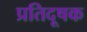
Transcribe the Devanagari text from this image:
प्रतिदूषक